Vaccination North-Western Provinces 1866-1877 - 1866-1877
Year: 1866
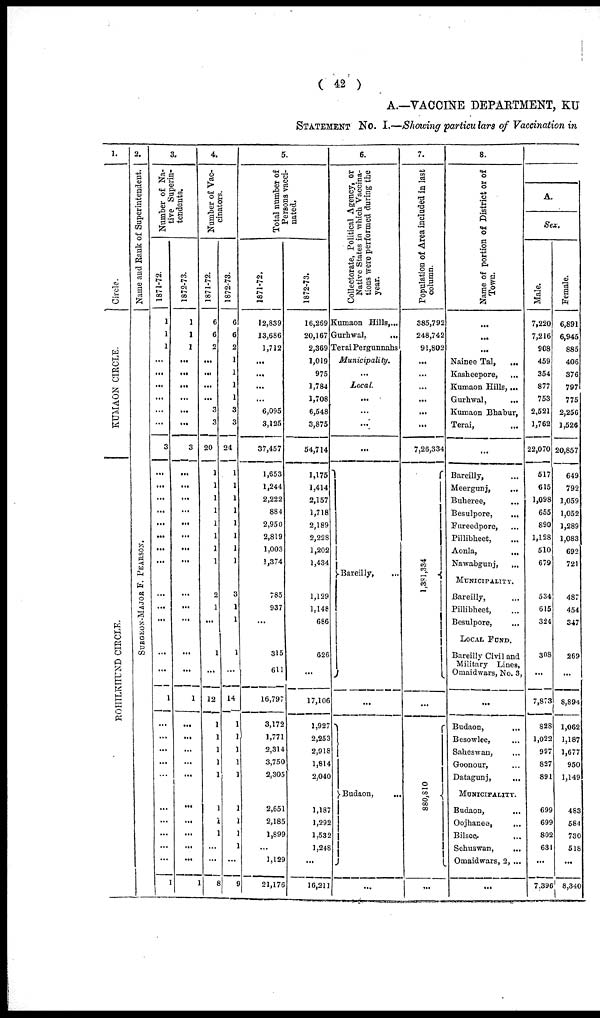
( 42 )
A.—VACCINE DEPARTMENT, KU
STATEMENT No. I.—Showing particulars of Vaccination in
1.
Circle.
K U MA O N CIRCLE.
ROHILKHUND CIRCLE.
2.
Name and Rank of Superintendent.
SURGEON-MAJOR F. PEARSON.
3.
Number of Na-
tive Superin-
tendents.
1871-72.
1
1
1
...
...
...
...
...
...
3
...
...
...
...
...
...
...
...
...
...
...
...
...
1
...
...
...
...
...
...
...
...
...
...
...
1
1872-73.
1
1
1
...
...
...
...
...
3
...
...
...
...
...
...
...
...
...
...
...
...
...
1
...
...
...
...
...
...
...
...
...
...
...
1
4.
Number of Vac¬
cinators.
1871-72.
6
6
2
...
...
...
3
3
20
1
1
1
1
1
1
1
1
2
1
...
1
...
12
1
1
1
1
1
...
1
1
1
...
...
8
1872-73.
6
6
2
1
1
1
1
3
3
24
1
1
1
1
1
1
1
1
3
1
1
1
...
14
1
1
1
1
1
...
1
1
1
1
...
9
5.
Total number of
Persons vacci-
nated.
1871-72.
12,839
13,686
1,712
...
...
...
...
6,095
3,125
37,457
1,653
1,244
2,222
884
2,950
2,819
1,003
1,374
785
937
...
315
611
16,797
3,172
1,771
2,314
3,750
2,305
...
2,651
2,185
1,899
...
1,129
21,176
1872-73.
16,269
20,167
2,369
1,019
975
1,784
1,708
6,548
3,875
54,714
1,175
1,414
2,157
1,718
2,189
2,228
1,202
1,434
1,129
1,148
686
626
...
17,106
1,927
2,253
2,918
1,814
2,040
...
1,187
1,292
1,532
1,248
...
16,211
6.
Collectorate, Political Agency, or
Native States in which Vaccina-
tions were performed during the
year.
Kumaon Hills, ...
Gurhwal,
...
Terai Pergunnahs ...
Municipality.
...
Local.
...
...
...
...
Bareilly,
...
Budaon,
...
...
7.
Population of Area included in last
column.
385,792
248,742
91,802
...
...
...
...
...
...
7,26,334
1,381,334
...
880,810
...
8.
Name of portion of District or of
Town.
...
...
...
Nainee Tal,
...
Kasheepore, ...
Kumaon Hills, ...
Gurhwal, ...
Kumaon Bhabur, ...
Terai, ...
...
Bareilly, ...
Meergunj,
...
Buheree, ...
Besulpore, ...
Fureedpore, ...
Pillibheet, ...
Aonla,
...
Nawabgunj,
...
MUNICIPALITY.
Bareilly, ...
Pillibheet, ...
Besulpore, ...
LOCAL FUND.
Bareilly Civil and
Military Lines,
Omaidwars, No. 3,
...
Budaon, ...
Besowlee, ...
Saheswan, ...
Goonour, ...
Datagunj, ...
MUNICIPALITY.
Budaon, ...
Oojhanee, ...
Bilsee, ...
Sehuswan, ...
Omaidwars, 2, ...
...
A.
Sex.
Male.
7,220
7,216
908
459
354
877
753
2,521
1,762
22,070
517
615
1,098
655
890
1,128
510
679
534
615
324
308
...
7,873
828
1,022
997
827
891
...
699
699
802
631
...
7,396
Female.
6,891
6,945
885
406
376
797
775
2,256
1,526
20,857
649
792
1,059
1,052
1,289
1,083
692
721
487
454
347
269
...
8,894
1,062
1,187
1,677
950
1,149
...
483
584
730
518
...
8,340